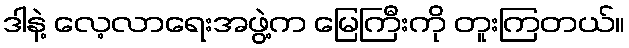
ဒါနဲ့ လေ့လာရေးအဖွဲ့က မြေကြီးကို တူးကြတယ်။